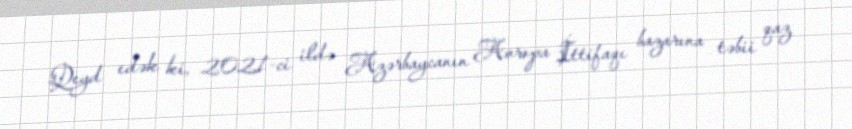
Qeyd edək ki, 2021-ci ildə Azərbaycanın Avropa İttifaqı bazarına təbii qaz